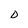
Character: D